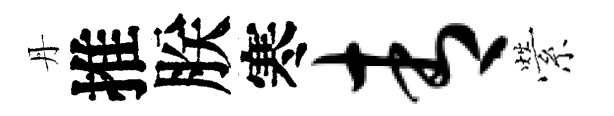
丹推朕寒青縈